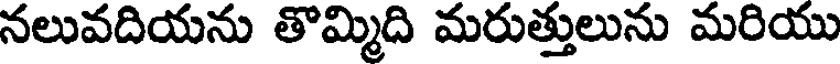
నలువదియను తొమ్మిది మరుత్తులును మరియు